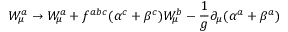
W _ { \mu } ^ { a } \to W _ { \mu } ^ { a } + f ^ { a b c } ( \alpha ^ { c } + \beta ^ { c } ) W _ { \mu } ^ { b } - \frac { 1 } { g } \partial _ { \mu } ( \alpha ^ { a } + \beta ^ { a } )